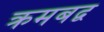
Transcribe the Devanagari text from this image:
क्रमबद्व